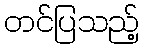
တင်ပြသည့်